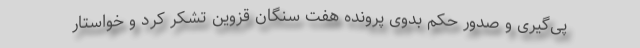
پی‌گیری و صدور حکم بدوی پرونده هفت سنگان قزوین تشکر کرد و خواستار